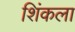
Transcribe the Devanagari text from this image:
शिंकला